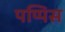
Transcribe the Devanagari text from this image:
पप्पिस